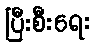
ပြီးစီးရေး